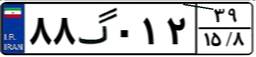
۸۸گ۰۱۲۳۹